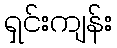
ရှင်းကျန်း